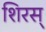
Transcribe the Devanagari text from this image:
शिरस्